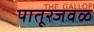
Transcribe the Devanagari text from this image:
पातूरजवळ